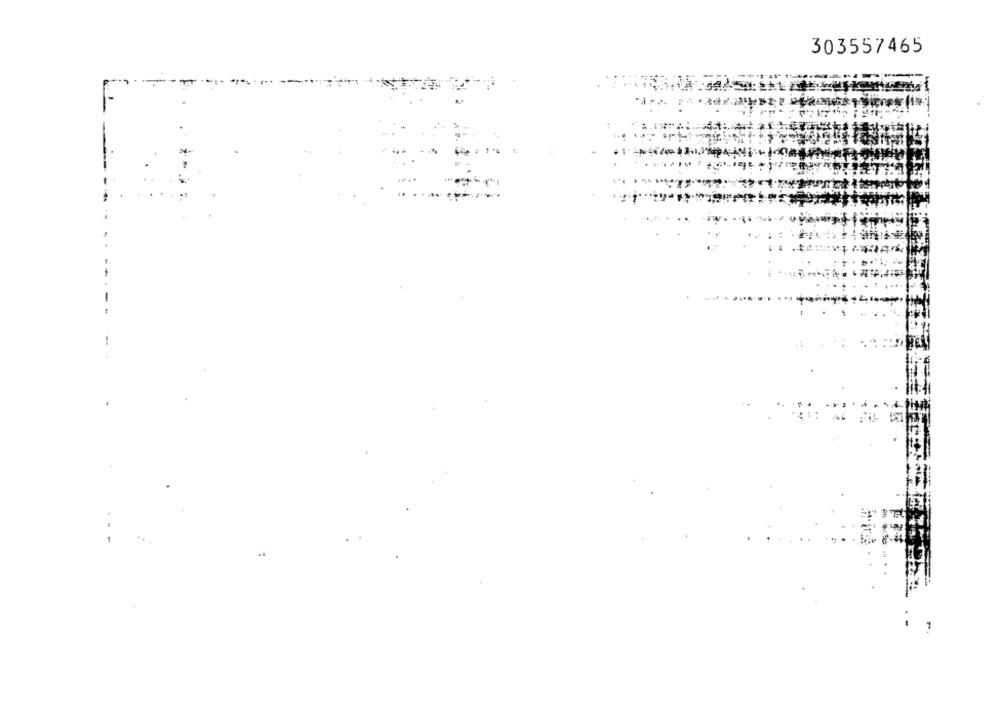
303557465
-